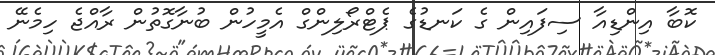
ކޮބާ އިންޑިއާ ސިފައިން ގެ ކަނޑުގެ ޕެޓްރޯލިންގް އެމީހުން ބުނާގޮތުން ރާއްޖެ ހިމެނޭ